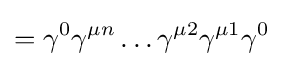
=\gamma ^{0}\gamma ^{\mu n}\dots \gamma ^{\mu 2}\gamma ^{\mu 1}\gamma ^{0}